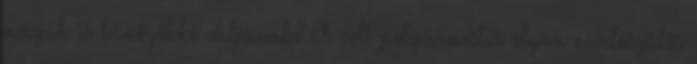
maguk is bűnözőkké váljanak? A volt polgármester olyan nevelőszülői